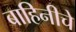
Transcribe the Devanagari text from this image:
बाहिनीचे